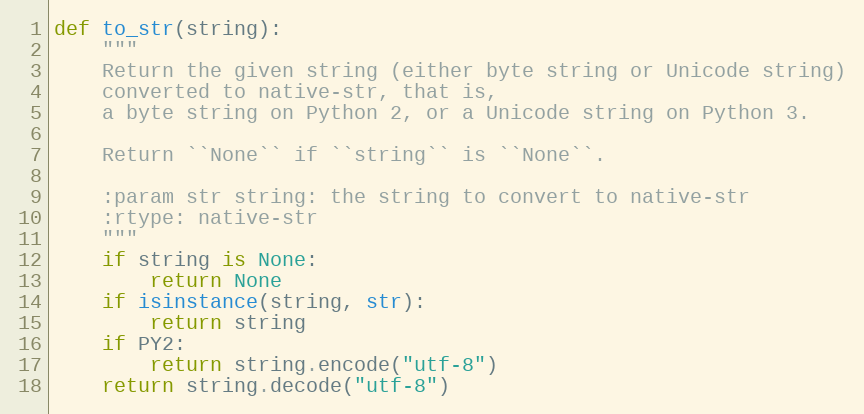
Language: Python
def to_str(string):
    """
    Return the given string (either byte string or Unicode string)
    converted to native-str, that is,
    a byte string on Python 2, or a Unicode string on Python 3.

    Return ``None`` if ``string`` is ``None``.

    :param str string: the string to convert to native-str
    :rtype: native-str
    """
    if string is None:
        return None
    if isinstance(string, str):
        return string
    if PY2:
        return string.encode("utf-8")
    return string.decode("utf-8")